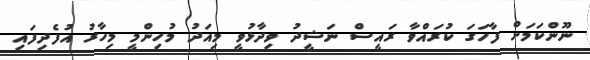
ނޫންކަމަށް ފާހަގަ ކުރައްވާ ރައީސް ނަޝީދު ވިދާޅުވީ މިއަދު މުހިންމީ މިހާރު އުފެދިފައި